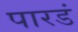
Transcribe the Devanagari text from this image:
पारडं